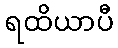
ရထိယာပီ